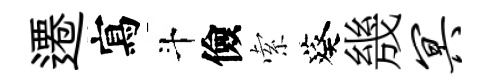
遷寫斗儉索葵㡬冥